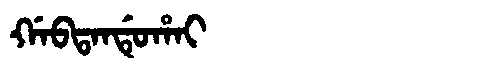
Manchu: ᡤᠠᠪᡨᠠᠨᡩᡠᡥᠠᡳ
Romanization: GABTANDUHAI